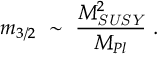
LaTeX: m _ { 3 / 2 } ~ \sim ~ { \frac { M _ { \it S U S Y } ^ { 2 } } { M _ { P l } } } ~ .